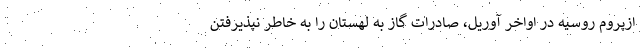
ازپروم روسیه در اواخر آوریل، صادرات گاز به لهستان را به خاطر نپذیرفتن